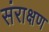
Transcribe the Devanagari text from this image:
संराक्षण